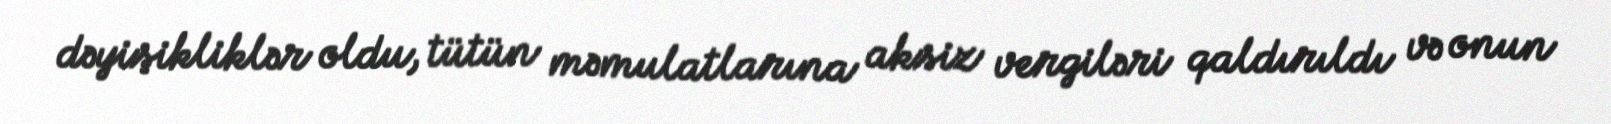
dəyişikliklər oldu, tütün məmulatlarına aksiz vergiləri qaldırıldı və onun